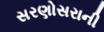
સરણોસરાની